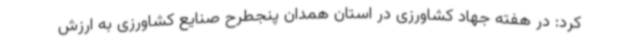
کرد: در هفته جهاد کشاورزی در استان همدان پنجطرح صنایع کشاورزی به ارزش